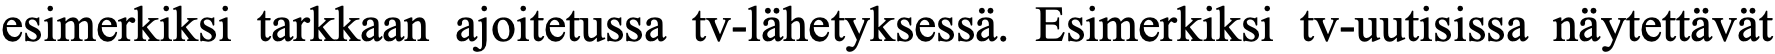
esimerkiksi tarkkaan ajoitetussa tv-lähetyksessä. Esimerkiksi tv-uutisissa näytettävät